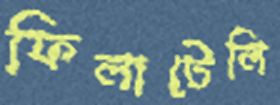
ফিলাটেলি